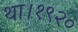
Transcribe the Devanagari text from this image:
था।१९२०